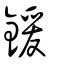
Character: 鍰